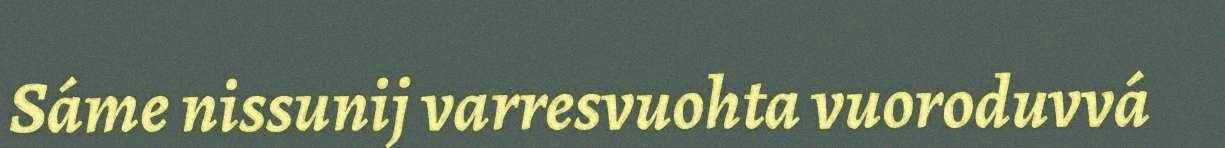
Sáme nissunij varresvuohta vuoroduvvá